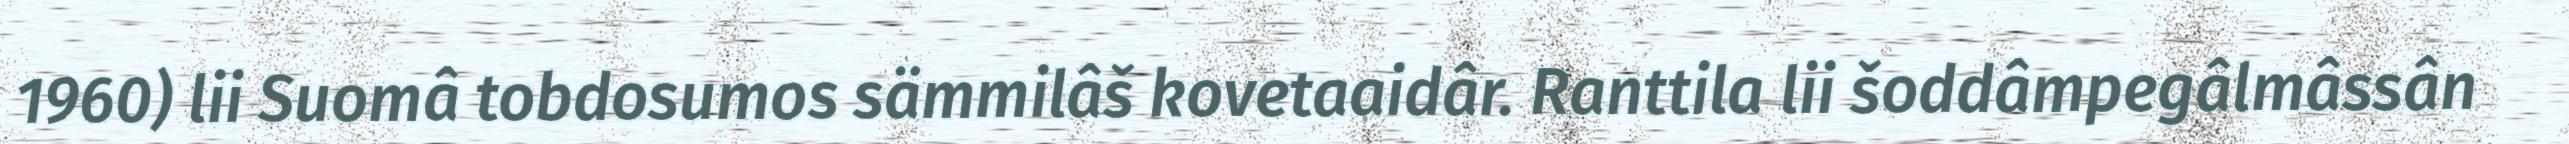
1960) lii Suomâ tobdosumos sämmilâš kovetaaidâr. Ranttila lii šoddâmpegâlmâssân